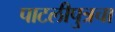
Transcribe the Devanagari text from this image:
पाटलीपुत्रचा